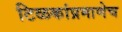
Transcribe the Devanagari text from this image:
टिळकांप्रमाणेच